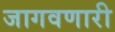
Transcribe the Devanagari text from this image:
जागवणारी